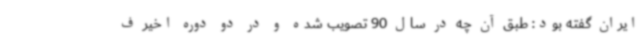
ایران گفته بود: طبق آن چه در سال 90 تصویب شده و در دو دوره اخیر ف